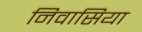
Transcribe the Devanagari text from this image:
निवासिया